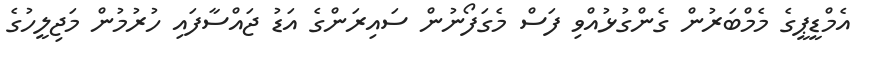
އެމްޑީޕީގެ މެމްބަރުން ގެންގުޅުއްވި ފަސް މެގަފޯނުން ސައިރަންގެ އަޑު ޖައްސާފައި ހުރުމުން މަޖިލީހުގެ